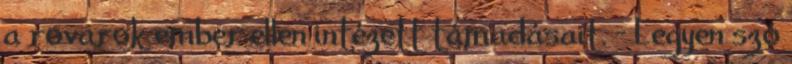
a rovarok ember ellen intézett támadásait. – Legyen szó